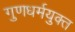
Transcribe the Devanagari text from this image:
गुणधर्मयुक्त